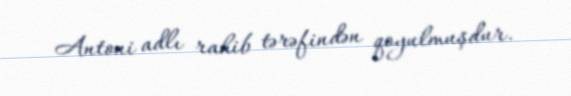
Antoni adlı rahib tərəfindən qoyulmuşdur.